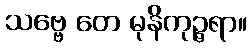
သဗ္ဗေ တေ မုနိကုဉ္ဇရာ။